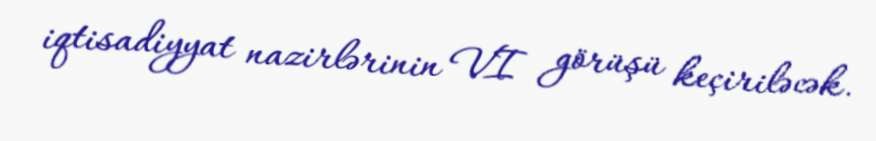
iqtisadiyyat nazirlərinin VI görüşü keçiriləcək.